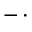
- \, \cdot